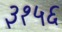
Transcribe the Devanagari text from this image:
३१५६